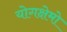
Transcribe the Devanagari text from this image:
योगक्षेमो